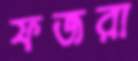
ফজরা